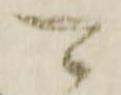
可